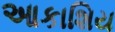
આકાશિય